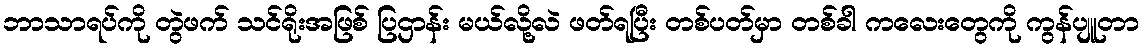
ဘာသာရပ်ကို တွဲဖက် သင်ရိုးအဖြစ် ပြဌာန်း မယ်လို့လဲ ဖတ်ရပြီး တစ်ပတ်မှာ တစ်ခါ ကလေးတွေကို ကွန်ပျူတာ